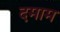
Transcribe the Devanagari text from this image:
दमाम